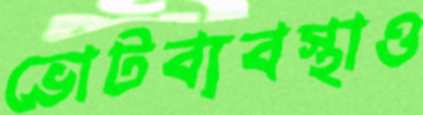
ভোটব্যবস্থাও